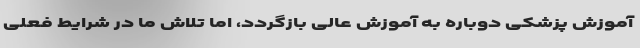
آموزش پزشکی دوباره به آموزش عالی بازگردد، اما تلاش ما در شرایط فعلی